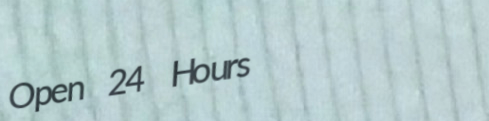
Open 24 Hours